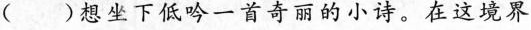
( )想坐下低吟一首奇丽的小诗。在这境界